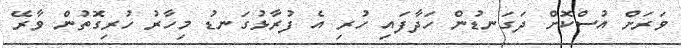
ވަރަށް އުސްކޮށް ދަގަނޑުން ހަދާފައި ހުރި އެ ފުރާޅުގަނޑު މިހާރު ހުރިގޮތުން ވާރޭ